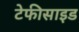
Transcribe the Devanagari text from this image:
टेफीसाइड